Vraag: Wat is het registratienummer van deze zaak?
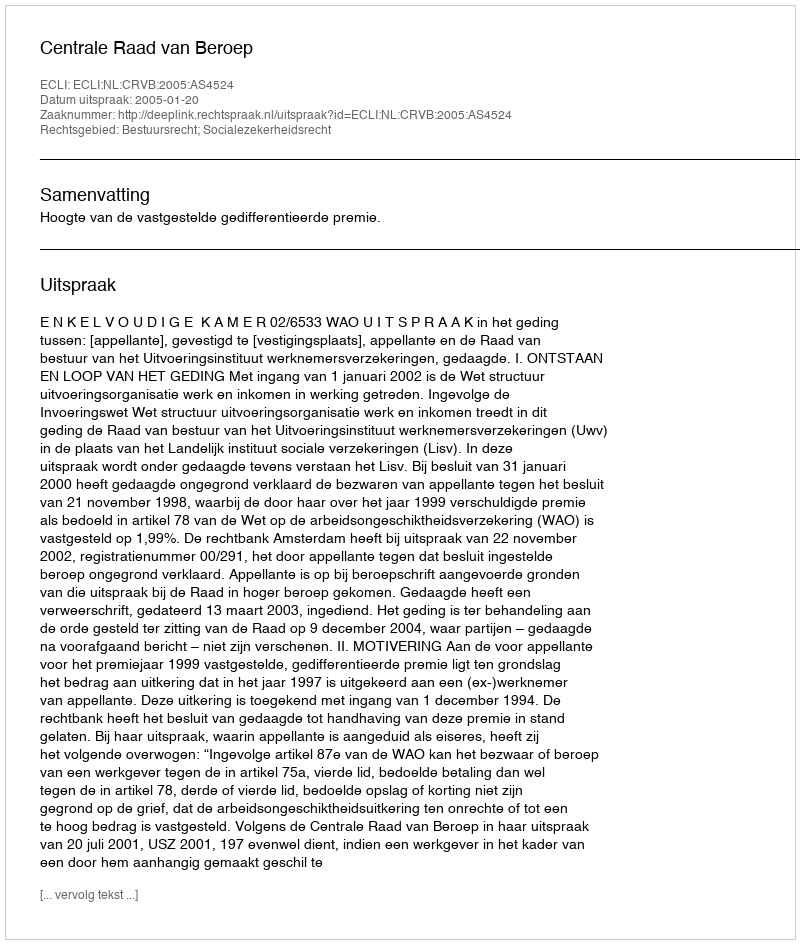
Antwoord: http://deeplink.rechtspraak.nl/uitspraak?id=ECLI:NL:CRVB:2005:AS4524